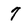
Character: 7